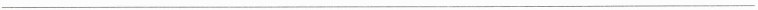
___